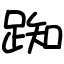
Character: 踟